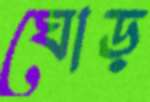
ঘোড়